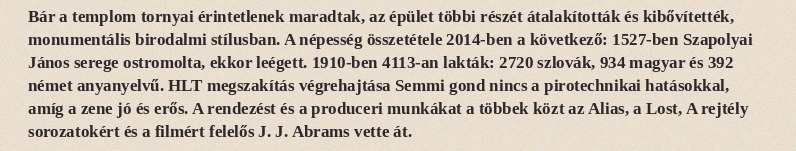
Bár a templom tornyai érintetlenek maradtak, az épület többi részét átalakították és kibővítették, monumentális birodalmi stílusban. A népesség összetétele 2014-ben a következő: 1527-ben Szapolyai János serege ostromolta, ekkor leégett. 1910-ben 4113-an lakták: 2720 szlovák, 934 magyar és 392 német anyanyelvű. HLT megszakítás végrehajtása Semmi gond nincs a pirotechnikai hatásokkal, amíg a zene jó és erős. A rendezést és a produceri munkákat a többek közt az Alias, a Lost, A rejtély sorozatokért és a filmért felelős J. J. Abrams vette át.